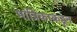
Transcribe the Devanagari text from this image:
मांत्रिकाकडून